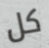
كل